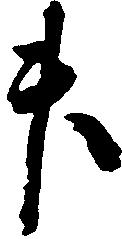
升